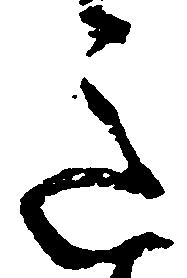
意